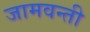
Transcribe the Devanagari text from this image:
जामवन्ती